Lunatic asylums in Bengal annual reports 1899-1911 - 1899-1911
Year: 1899
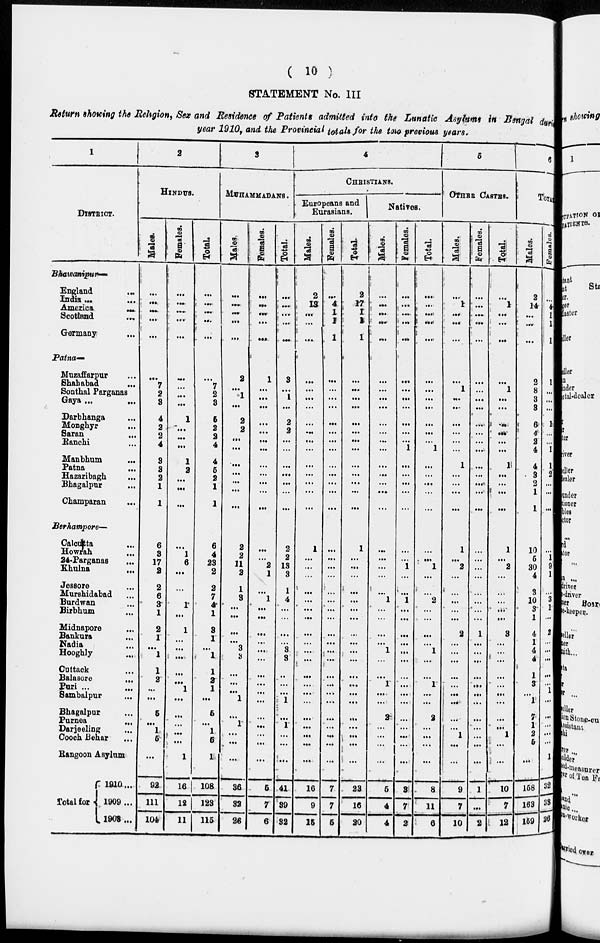
( 10 )
STATEMENT No. III
Return showing the Religion, Sex and Residence of Patients admitted into the Lunatic Asylums in Bengal during
year 1910, and the Provincial totals for the two previous years.
1
DISTRICT.
Bhawanipur—
England
...
...
India
...
...
America
...
Scotland
...
Germany ...
Patna—
Muzaffarpur ...
Shahabad ...
Sonthal Parganas
Gaya ... ...
Darbhanga ...
Monghyr ...
Saran ...
Ranchi ...
Manbhum
...
Patna ...
Hazaribagh ...
Bhagalpur ...
Champaran ...
Berhampore—
Calcutta ...
Howrah ...
24-Parganas ...
Khulna ...
Jessore ...
Murshidabad ...
Burdwan ...
Birbhum ...
Midnapore ...
Bankura ...
Nadia ...
Hooghly ...
Cuttack ...
Balasore
...
Puri ... ...
Sambalpur ...
Bhagalpur ...
Purnea ...
Darjeeling ...
Cooch Behar ...
Rangoon Asylum
Total for
1910 ...
1909 ...
1908 ...
2
HINDUS.
Males.
...
...
...
...
...
...
7
2
3
4
2
2
4
3
3
2
1
1
6
3
17
2
2
6
3
1
2
1
...
1
1
2
...
...
5
...
1
5
...
92
111
104
Females.
...
...
...
...
...
...
...
...
...
1
...
...
...
1
2
...
...
...
...
1
6
...
...
1
1
...
1
...
...
...
...
...
1
...
...
...
...
...
1
16
12
11
Total.
...
...
...
...
...
...
7
2
3
6
2
2
4
4
6
2
1
1
6
4
23
2
2
7
4
1
3
1
...
1
1
2
1
...
5
...
1
5
1
108
123
115
3
MUHAMMADANS.
Males.
...
...
...
...
...
2
...
1
...
2
2
...
...
...
...
...
...
...
2
2
11
2
1
3
...
...
...
...
3
3
...
...
...
1
...
1
...
...
...
36
32
26
Females.
...
...
...
...
...
1
...
...
...
...
...
...
...
...
...
...
...
...
...
...
2
1
...
1
...
...
...
...
...
...
...
...
...
...
...
...
...
...
...
5
7
6
Total.
...
...
...
...
...
3
...
1
...
2
2
...
...
...
...
...
...
...
2
2
13
3
1
4
...
...
...
...
3
3
...
...
...
1
...
1
...
...
...
41
39
32
4
CHRISTIANS.
Europeans and
Eurasians.
Males.
2
13
...
...
...
...
...
...
...
...
...
...
...
...
...
...
...
...
1
...
...
...
...
...
...
...
...
...
...
...
...
...
...
...
...
...
...
...
...
16
9
15
Females.
...
4
1
1
1
...
...
...
...
...
...
...
...
...
...
...
...
...
...
...
...
...
...
...
...
...
...
...
...
...
...
...
...
...
...
...
...
...
...
7
7
5
Total.
2
17
1
1
1
...
...
...
...
...
...
...
...
...
...
...
...
...
1
...
...
...
...
...
...
...
...
...
...
...
...
...
...
...
...
...
...
...
...
23
16
20
Natives.
Males.
...
...
...
...
...
...
...
...
...
...
...
...
...
...
...
...
...
...
...
...
1
...
...
1
...
...
...
...
1
...
...
1
...
...
2
...
...
...
...
5
4
4
Females.
...
...
...
...
...
...
...
...
...
...
...
...
1
...
...
...
...
...
...
...
1
...
...
1
...
...
...
...
...
...
...
...
...
...
...
...
...
...
...
3
7
2
Total.
...
...
...
...
...
...
...
...
...
...
...
...
1
...
...
...
...
...
...
...
1
...
...
2
...
...
...
...
1
...
...
1
...
...
2
...
...
...
...
8
11
6
5
OTHER CASTES.
Males.
...
1
...
...
...
...
1
...
...
...
...
...
...
1
...
...
...
...
1
...
2
...
...
...
...
...
2
...
...
...
...
...
...
...
...
...
1
...
...
9
7
10
Females.
...
...
...
...
...
...
...
...
...
...
...
...
...
...
...
...
...
...
...
...
...
...
...
...
...
...
1
...
...
...
...
...
...
...
...
...
...
...
...
1
...
2
Total.
...
1
...
...
...
...
1
...
...
...
...
...
...
1
...
...
...
...
1
...
2
...
...
...
...
...
3
...
...
...
...
...
...
...
...
...
1
...
...
10
7
12
6
TOTAL.
Males.
2
14
...
...
...
2
8
3
3
6
4
2
4
4
3
2
1
1
10
5
30
4
3
10
3
1
4
1
4
4
1
3
...
1
7
1
2
5
...
158
163
159
Females.
...
4
1
1
1
1
...
...
...
1
...
...
1
1
2
...
...
...
...
1
9
1
...
3
1
...
2
...
...
...
...
... 1
...
...
...
...
...
1
32
38
26